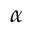
\alpha